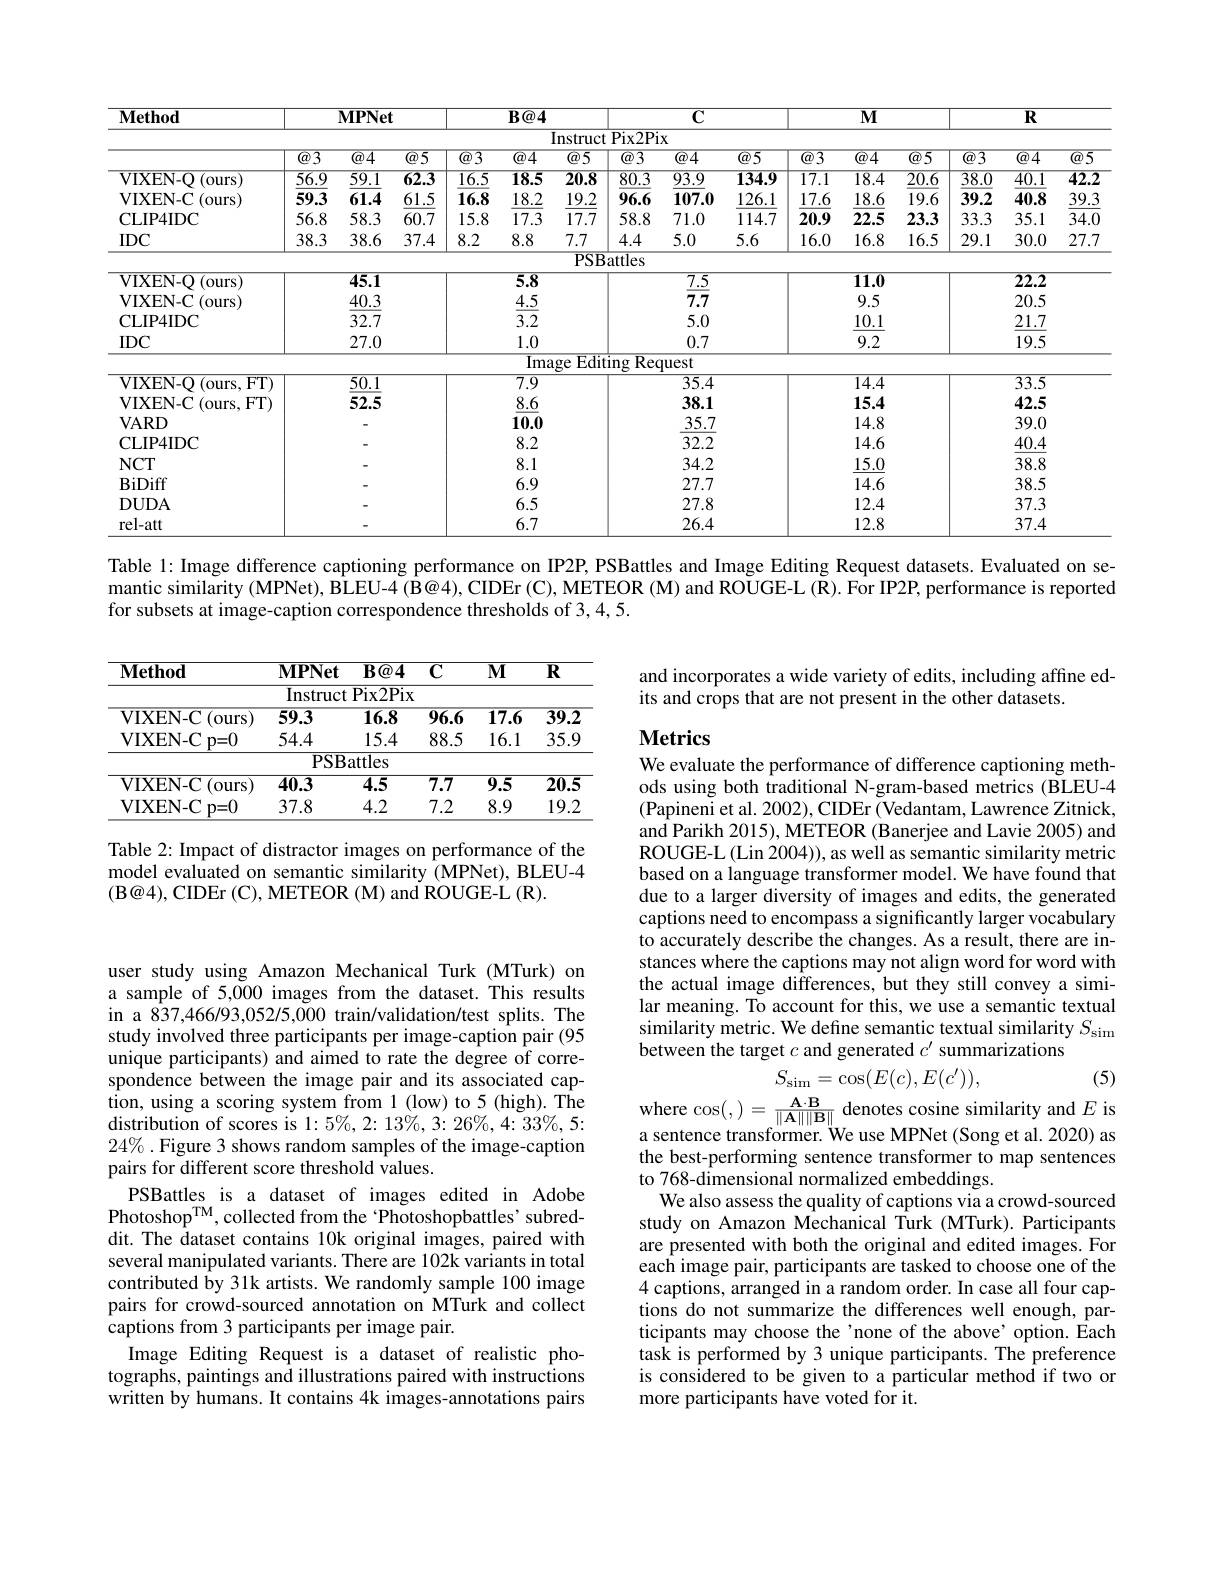
<table>
	<tbody>
		<tr>
			<th>$\mathbf{Method}$</th>
			<th colspan="2">$\mathbf{MPNet}$</th>
			<th> </th>
			<th colspan="2">$B@4$</th>
			<th> </th>
			<th rowspan="1">$\overline{\mathbf{C}}$</th>
			<th> </th>
			<th colspan="2">$M$</th>
			<th> </th>
			<th colspan="2">$\overline{\mathbf{R}}$</th>
		</tr>
		<tr>
			<th colspan="14">Instruct Pix2Pix</th>
		</tr>
		<tr>
			<td> </td>
			<td>$\overline{\textcircled{a}}3$</td>
			<td>$\textcircled{a}4$</td>
			<td>$\textcircled{a}5$</td>
			<td>$\overline{3}$ $\overline{\textcircled{a}}.$</td>
			<td>14</td>
			<td>$\textcircled{a}3$</td>
			<td>$\overline{\textcircled{a}}4$</td>
			<td>$\overline{5}$</td>
			<td>$\textcircled{\underline{a}}4$</td>
			<td>$\textcircled{a}5$</td>
			<td>$\textcircled{a}3$</td>
			<td>$\overline{\textcircled{a}}4$</td>
			<td>$\textcircled{a}5$</td>
		</tr>
		<tr>
			<td>VIXEN- Q ( ours</td>
			<td>56.9</td>
			<td>59.1</td>
			<td>$\overline{62.3}$</td>
			<td>.5 18.</td>
			<td>3.5</td>
			<td>80.3</td>
			<td>93.9</td>
			<td>34.9 $\overline{1}$</td>
			<td>$\overline{18.4}$</td>
			<td>$\overline{20.6}$</td>
			<td>$\overline{38.0}$</td>
			<td>$\overline{40.1}$</td>
			<td>42.2</td>
		</tr>
		<tr>
			<td>VIXEN- C(ours)</td>
			<td>59.3</td>
			<td>61.4</td>
			<td>61.5</td>
			<td>.8 18</td>
			<td>3.2</td>
			<td>96.6</td>
			<td>107.0</td>
			<td>26.1 1</td>
			<td>18.6</td>
			<td>19.6</td>
			<td>39.2</td>
			<td>40.8</td>
			<td>39.3</td>
		</tr>
		<tr>
			<td>$\mathbf{CLIP4IDC}$</td>
			<td>56.8</td>
			<td>58.3</td>
			<td>60.7</td>
			<td>.8 17</td>
			<td>7.3</td>
			<td>58.8</td>
			<td>71.0</td>
			<td>4.7 2</td>
			<td>22.5</td>
			<td>23.3</td>
			<td>33.3</td>
			<td>35.1</td>
			<td>34.C</td>
		</tr>
		<tr>
			<td>$IDC$</td>
			<td>38.3</td>
			<td>38.6</td>
			<td>37.4</td>
			<td>8.8 </td>
			<td>8</td>
			<td>4.4</td>
			<td>5.0</td>
			<td>6 1</td>
			<td>16.8</td>
			<td>16.5</td>
			<td>29.1</td>
			<td>30.0</td>
			<td>27.7</td>
		</tr>
		<tr>
			<td> </td>
			<td> </td>
			<td> </td>
			<td> </td>
			<td> </td>
			<td> </td>
			<td>$3attles$</td>
			<td> </td>
			<td> </td>
			<td> </td>
			<td> </td>
			<td> </td>
			<td> </td>
			<td> </td>
		</tr>
		<tr>
			<td>VIXEN-O (ours</td>
			<td> </td>
			<td>45.1</td>
			<td> </td>
			<td>5.</td>
			<td>.8</td>
			<td> </td>
			<td>$\overline{7.5}$</td>
			<td> </td>
			<td>11.0</td>
			<td> </td>
			<td> </td>
			<td>$\overline{22.2}$</td>
			<td> </td>
		</tr>
		<tr>
			<td>VIXEN- C ( ours) </td>
			<td> </td>
			<td>40.3</td>
			<td> </td>
			<td>4. </td>
			<td>.5</td>
			<td> </td>
			<td>7.7</td>
			<td> </td>
			<td>9.5</td>
			<td> </td>
			<td> </td>
			<td>20.5</td>
			<td> </td>
		</tr>
		<tr>
			<td>$\mathbf{CLIP4IDC}$</td>
			<td> </td>
			<td>32.7</td>
			<td> </td>
			<td>3.</td>
			<td>.2</td>
			<td> </td>
			<td>5.0</td>
			<td> </td>
			<td>10.1</td>
			<td> </td>
			<td> </td>
			<td>21.7</td>
			<td> </td>
		</tr>
		<tr>
			<td>$IDC$</td>
			<td> </td>
			<td>27.0</td>
			<td> </td>
			<td>1.</td>
			<td>.0</td>
			<td> </td>
			<td>0.7</td>
			<td> </td>
			<td>9.2</td>
			<td> </td>
			<td> </td>
			<td>19.5</td>
			<td> </td>
		</tr>
		<tr>
			<td> </td>
			<td> </td>
			<td> </td>
			<td> </td>
			<td>$\overline{I}$</td>
			<td>$\overline{\mathrm{Imas}}$</td>
			<td>$\overline{\mathrm{Re}}$ ting</td>
			<td>quest</td>
			<td> </td>
			<td> </td>
			<td> </td>
			<td> </td>
			<td> </td>
			<td> </td>
		</tr>
		<tr>
			<td>VIXEN- Q ( ours, FT) </td>
			<td> </td>
			<td>$\overline{50.1}$</td>
			<td> </td>
			<td>$\overline{7.}$</td>
			<td>$.\overline{9}$</td>
			<td> </td>
			<td>$\overline{35.4}$</td>
			<td> </td>
			<td>$\overline{14.4}$</td>
			<td> </td>
			<td> </td>
			<td>$\overline{33.5}$</td>
			<td> </td>
		</tr>
		<tr>
			<td>VIXEN- C(ours,FT)</td>
			<td> </td>
			<td>52.5</td>
			<td> </td>
			<td>8.</td>
			<td>.6</td>
			<td> </td>
			<td>38.1</td>
			<td> </td>
			<td>15.4</td>
			<td> </td>
			<td> </td>
			<td>42.5</td>
			<td> </td>
		</tr>
		<tr>
			<td>$\mathbf{VARD}$</td>
			<td> </td>
			<td> </td>
			<td> </td>
			<td>10.</td>
			<td>1.0</td>
			<td> </td>
			<td>35.7</td>
			<td> </td>
			<td>14.8</td>
			<td> </td>
			<td> </td>
			<td>39.0</td>
			<td> </td>
		</tr>
		<tr>
			<td>CLIP4IDC</td>
			<td> </td>
			<td> </td>
			<td> </td>
			<td>8.</td>
			<td></td>
			<td> </td>
			<td>32.2</td>
			<td> </td>
			<td>14.6</td>
			<td> </td>
			<td> </td>
			<td>40.4</td>
			<td> </td>
		</tr>
		<tr>
			<td>$NCT$</td>
			<td> </td>
			<td> </td>
			<td> </td>
			<td>8.</td>
			<td>1</td>
			<td> </td>
			<td>34.2</td>
			<td> </td>
			<td>15.0</td>
			<td> </td>
			<td> </td>
			<td>38.8</td>
			<td> </td>
		</tr>
		<tr>
			<td>$\operatorname{BiDiff}$</td>
			<td> </td>
			<td> </td>
			<td> </td>
			<td>6.</td>
			<td>.9</td>
			<td> </td>
			<td>27.7</td>
			<td> </td>
			<td>14.6</td>
			<td> </td>
			<td> </td>
			<td>38.5</td>
			<td> </td>
		</tr>
		<tr>
			<td>$\mathbf{DUDA}$</td>
			<td> </td>
			<td> </td>
			<td> </td>
			<td>6.</td>
			<td>.5</td>
			<td> </td>
			<td>27.8</td>
			<td> </td>
			<td>12.4</td>
			<td> </td>
			<td> </td>
			<td>37.3</td>
			<td> </td>
		</tr>
		<tr>
			<td>rel-att</td>
			<td> </td>
			<td> </td>
			<td> </td>
			<td>6.</td>
			<td>.7</td>
			<td> </td>
			<td>26.4</td>
			<td> </td>
			<td>12.8</td>
			<td> </td>
			<td> </td>
			<td>37.4</td>
			<td> </td>
		</tr>
	</tbody>
</table>

Table 1: Image difference captioning performance on IP2P, PSBattles and Image Editing Request datasets. Evaluated on se-

mantic similarity (MPNet), BLEU-4 (B@4), CIDEr (C), METEOR (M) and ROUGE-L (R). For IP2P, performance is reported

for subsets at image-caption correspondence thresholds of 3,4,5.

and incorporates a wide variety of edits, including affine ed-
its and crops that are not present in the other datasets.

# Metrics

<table>
	<tbody>
		<tr>
			<th>$\mathbf{Method}$</th>
			<th>$\mathbf{MPNet}$</th>
			<th>$B@4$</th>
			<th>$\overline{\mathbf{C}}$</th>
			<th>$\overline{\mathbf{MI}}$</th>
			<th>$\overline{\mathbf{R}}$</th>
		</tr>
		<tr>
			<td> </td>
			<td>Instruct</td>
			<td>${\overline{{\mathrm{Pix2Pix}}}}$</td>
			<td> </td>
			<td> </td>
			<td> </td>
		</tr>
		<tr>
			<td>(ours VIXEN-C</td>
			<td>59.3</td>
			<td>$\overline{16.8}$</td>
			<td>$\overline{96.6}$</td>
			<td>$\overline{17.6}$</td>
			<td>39.2</td>
		</tr>
		<tr>
			<td>$\mathbf{VIXEN-C}$ $p=0$</td>
			<td>54.4</td>
			<td>15.4</td>
			<td>88.5</td>
			<td>16.1</td>
			<td>35.9</td>
		</tr>
		<tr>
			<td> </td>
			<td>$PSB\varepsilon$</td>
			<td>iattles</td>
			<td> </td>
			<td> </td>
			<td> </td>
		</tr>
		<tr>
			<td>VIXEIN-C $\Sigma\left(\mathrm{ours}\right)$</td>
			<td>$\overline{40.3}$</td>
			<td>$\overline{4.5}$</td>
			<td>$\overline{7.7}$</td>
			<td>$\overline{9.5}$</td>
			<td>$\overline{20.5}$</td>
		</tr>
		<tr>
			<td>$\mathbf{VIXEN-C}$ $p=0$</td>
			<td>37.8</td>
			<td>4.2</td>
			<td>7.2</td>
			<td>8.9</td>
			<td>19.2</td>
		</tr>
	</tbody>
</table>

Table 2: Impact of distractor images on performance of the model evaluated on semantic similarity (MPNet), BLEU-4 (B@4), CIDEr (C), METEOR (M) and ROUGE-L (R).

We evaluate the performance of difference captioning methods using both traditional N-gram-based metrics (BLEU-4 (Papineni et al. 2002), CIDEr (Vedantam, Lawrence Zitnick, and Parikh 2015), METEOR (Banerjee and Lavie 2005) and ROUGE-L (Lin 2004)), as well as semantic similarity metric based on a language transformer model. We have found that due to a larger diversity of images and edits, the generated captions need to encompass a significantly larger vocabulary to accurately describe the changes. As a result, there are instances where the captions may not align word for word with the actual image differences, but they still convey a similar meaning. To account for this, we use a semantic textual similarity metric. We define semantic textual similarity $S_\mathrm{sim}$ between the target $c$ and generated $c^\prime$ summarizations
$$S_{\sin}=\cos(E(c),E(c')),$$
where $\cos(,)=\frac{\mathbf{A}\cdot\mathbf{B}}{\|\mathbf{A}\|\|\mathbf{B}\|}$ denotes cosine similarity and $E$ is

(5)

user study using Amazon Mechanical Turk (MTurk) on a sample of 5,000 images from the dataset. This results in a 837,466/93,052/5,000 train/validation/test splits. The study involved three participants per image-caption pair (95 unique participants) and aimed to rate the degree of correspondence between the image pair and its associated caption, using a scoring system from 1 (low) to 5 (high). The distribution of scores is $1:5\%,2:13\%,3:26\%,4:33\%,5:$ $24\%.$ Figure 3 shows random samples of the image-caption pairs for different score threshold values.
PSBattles is a dataset of images edited in Adobe Photoshop$^\mathrm{TM}$,collected from the 'Photoshopbattles'subreddit. The dataset contains 10k original images, paired with several manipulated variants. There are 102k variants in total contributed by 31k artists. We randomly sample 100 image pairs for crowd-sourced annotation on MTurk and collect captions from 3 participants per image pair.
Image Editing Request is a dataset of realistic photographs, paintings and illustrations paired with instructions written by humans. It contains 4k images-annotations pairs

sentence transformer. We use MPNet (Song et al. 2020) as the best-performing sentence transformer to map sentences to 768-dimensional normalized embeddings.
We also assess the quality of captions via a crowd-sourced study on Amazon Mechanical Turk (MTurk). Participants are presented with both the original and edited images. For each image pair, participants are tasked to choose one of the 4 captions, arranged in a random order. In case all four captions do not summarize the differences well enough, participants may choose the'none of the above' option. Each task is performed by 3 unique participants. The preference is considered to be given to a particular method if two or more participants have voted for it.